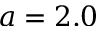
a = 2 . 0